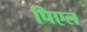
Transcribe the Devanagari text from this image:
पिएल